342_HS1-416511228_319.1 Flying Discs 1949
Agency: Department of War
Incident date: 1/9/50
Page 93
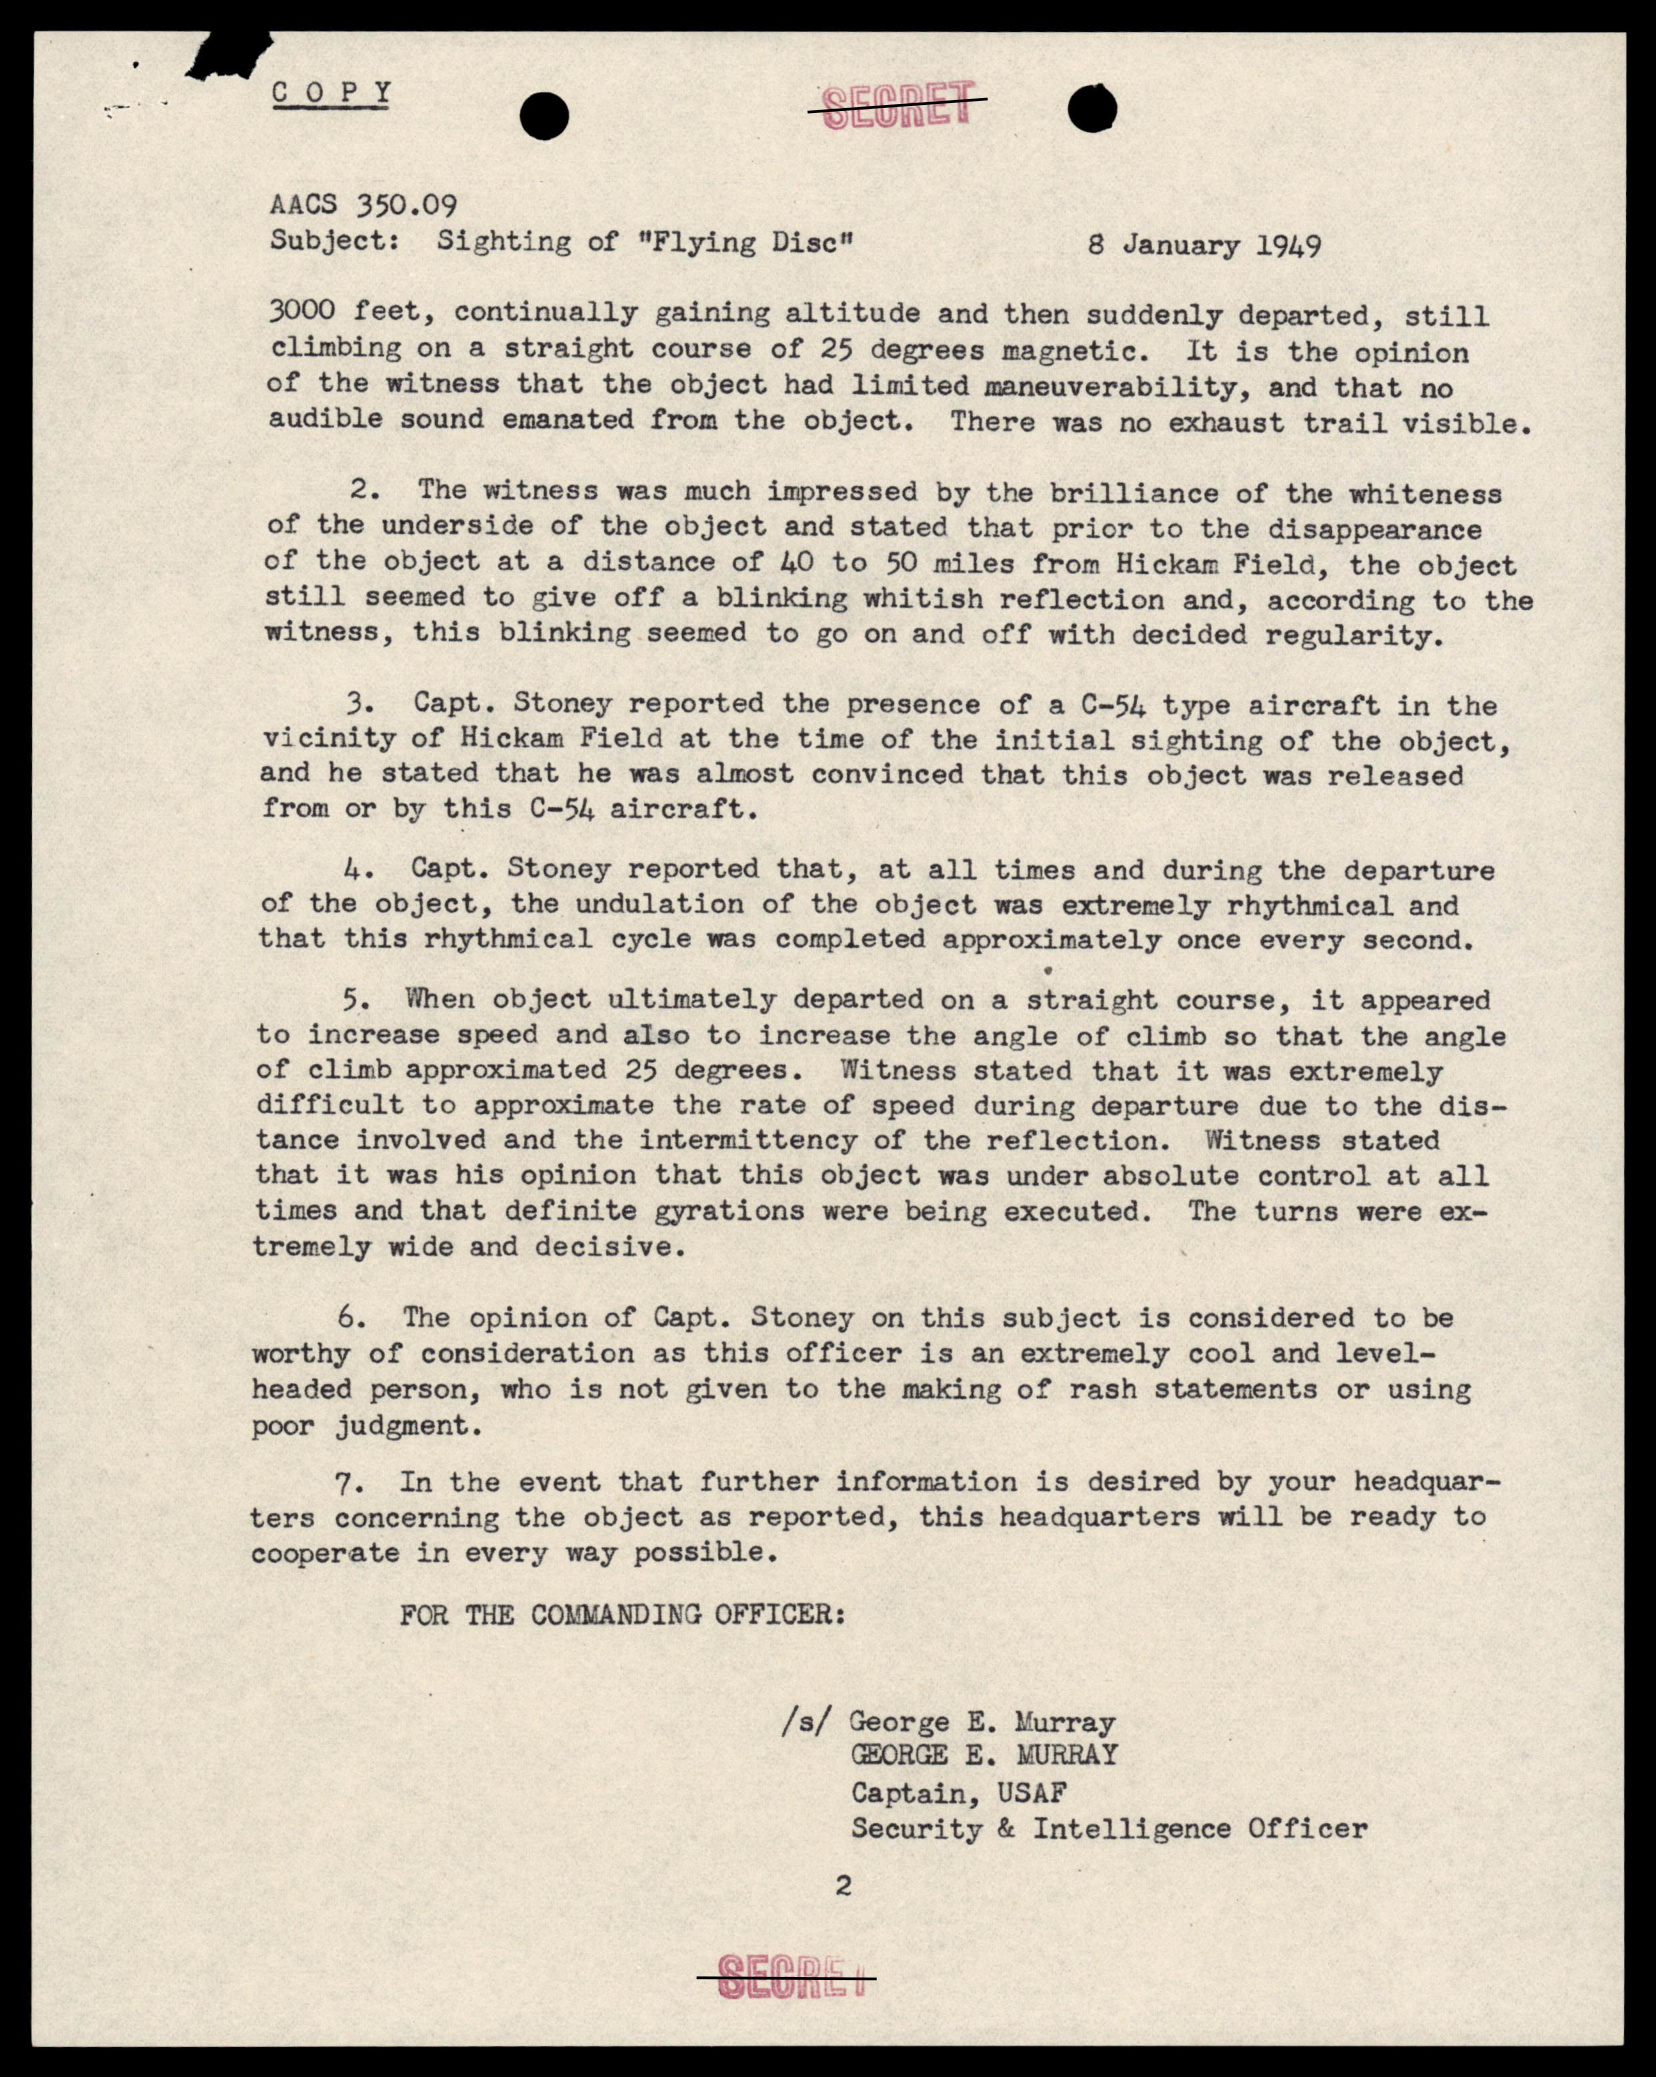